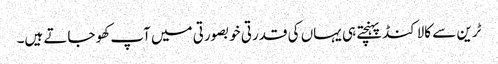
ٹرین سے کالاکنڈ پہنچتے ہی یہاں کی قدرتی خوبصورتی میں آپ کھو جاتے ہیں۔